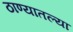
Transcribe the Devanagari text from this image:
ठाण्यातल्या